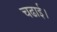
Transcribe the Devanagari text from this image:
चढाई।